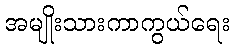
အမျိုးသားကာကွယ်ရေး